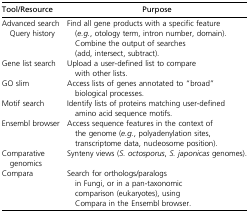
| Tool/Resource | Purpose |
 | --- | --- |
 | Advanced search Query history | Find all gene products with a specific feature (e.g., otology term, intron number, domain). Combine the output of searches (add, intersect, subtract). |
 | Gene list search | Upload a user-defined list to compare with other lists. |
 | GO slim | Access lists of genes annotated to “broad” biological processes. |
 | Motif search | Identify lists of proteins matching user-defined amino acid sequence motifs. |
 | Ensembl browser | Access sequence features in the context of the genome (e.g., polyadenylation sites, transcriptome data, nucleosome position). |
 | Comparative genomics | Synteny views (S. octosporus, S. japonicas genomes). |
 | Compara | Search for orthologs/paralogs in Fungi, or in a pan-taxonomic comparison (eukaryotes), using Compara in the Ensembl browser. |